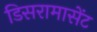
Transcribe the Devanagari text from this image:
डिसरामासेंट